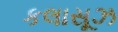
કલાસૂઝ